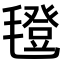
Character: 𣰆